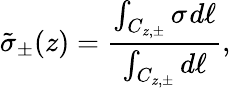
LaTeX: \tilde{\sigma}_{\pm}(z)=\frac{\int_{C_{z,\pm}}\sigma~\! d\ell}{\int_{\substack{C_{z,\pm}}}d\ell},